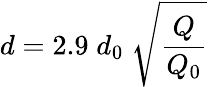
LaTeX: d=2.9\; d_{0}\; \sqrt{\frac{Q}{Q_{0}}}